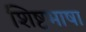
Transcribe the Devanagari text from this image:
शिष्टभाषा